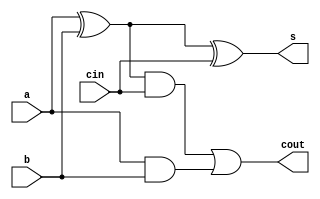
`timescale 1ns / 1ps
//////////////////////////////////////////////////////////////////////////////////
// Company: 
// Engineer: 
// 
// Design Name: 
// Module Name:    full_adder 
// Project Name: 
// Target Devices: 
// Tool versions: 
// Description: 
//
// Dependencies: 
//
// Revision: 
// Revision 0.01 - File Created
// Additional Comments: 
//
//////////////////////////////////////////////////////////////////////////////////
module full_adder(
	input a,
	input b,
	input cin,
	output s,
	output cout
 );
	wire imm;
	assign imm = a ^ b;
	assign s = imm ^ cin;
	assign cout = (imm & cin) | (a & b);

endmodule